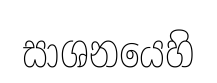
සාශනයෙහි